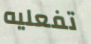
تفعليه